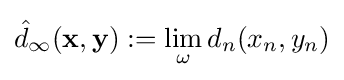
{\hat {d}}_{\infty }(\mathbf {x} ,\mathbf {y} ):=\lim _{\omega }d_{n}(x_{n},y_{n})